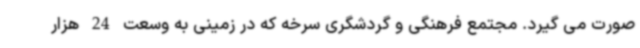
صورت می گیرد. مجتمع فرهنگی و گردشگری سرخه که در زمینی به وسعت 24 هزار